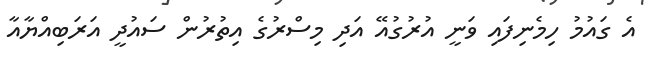
އެ ގައުމު ހިމެނިފައި ވަނީ އުރުގުއޭ އަދި މިސްރުގެ އިތުރުން ސައުދީ އަރަބިއްޔާއާ